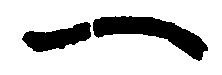
一